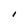
Character: I